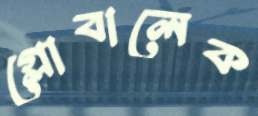
গ্লোবালেক